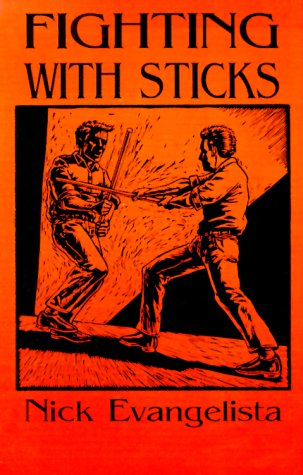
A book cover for Fighting with Sticks; Nick Evangelista; Sports & Outdoors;